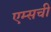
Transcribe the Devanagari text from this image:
एम्सची